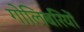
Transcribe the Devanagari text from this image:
गोलिबरियों